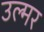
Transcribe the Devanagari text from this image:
उल्मर